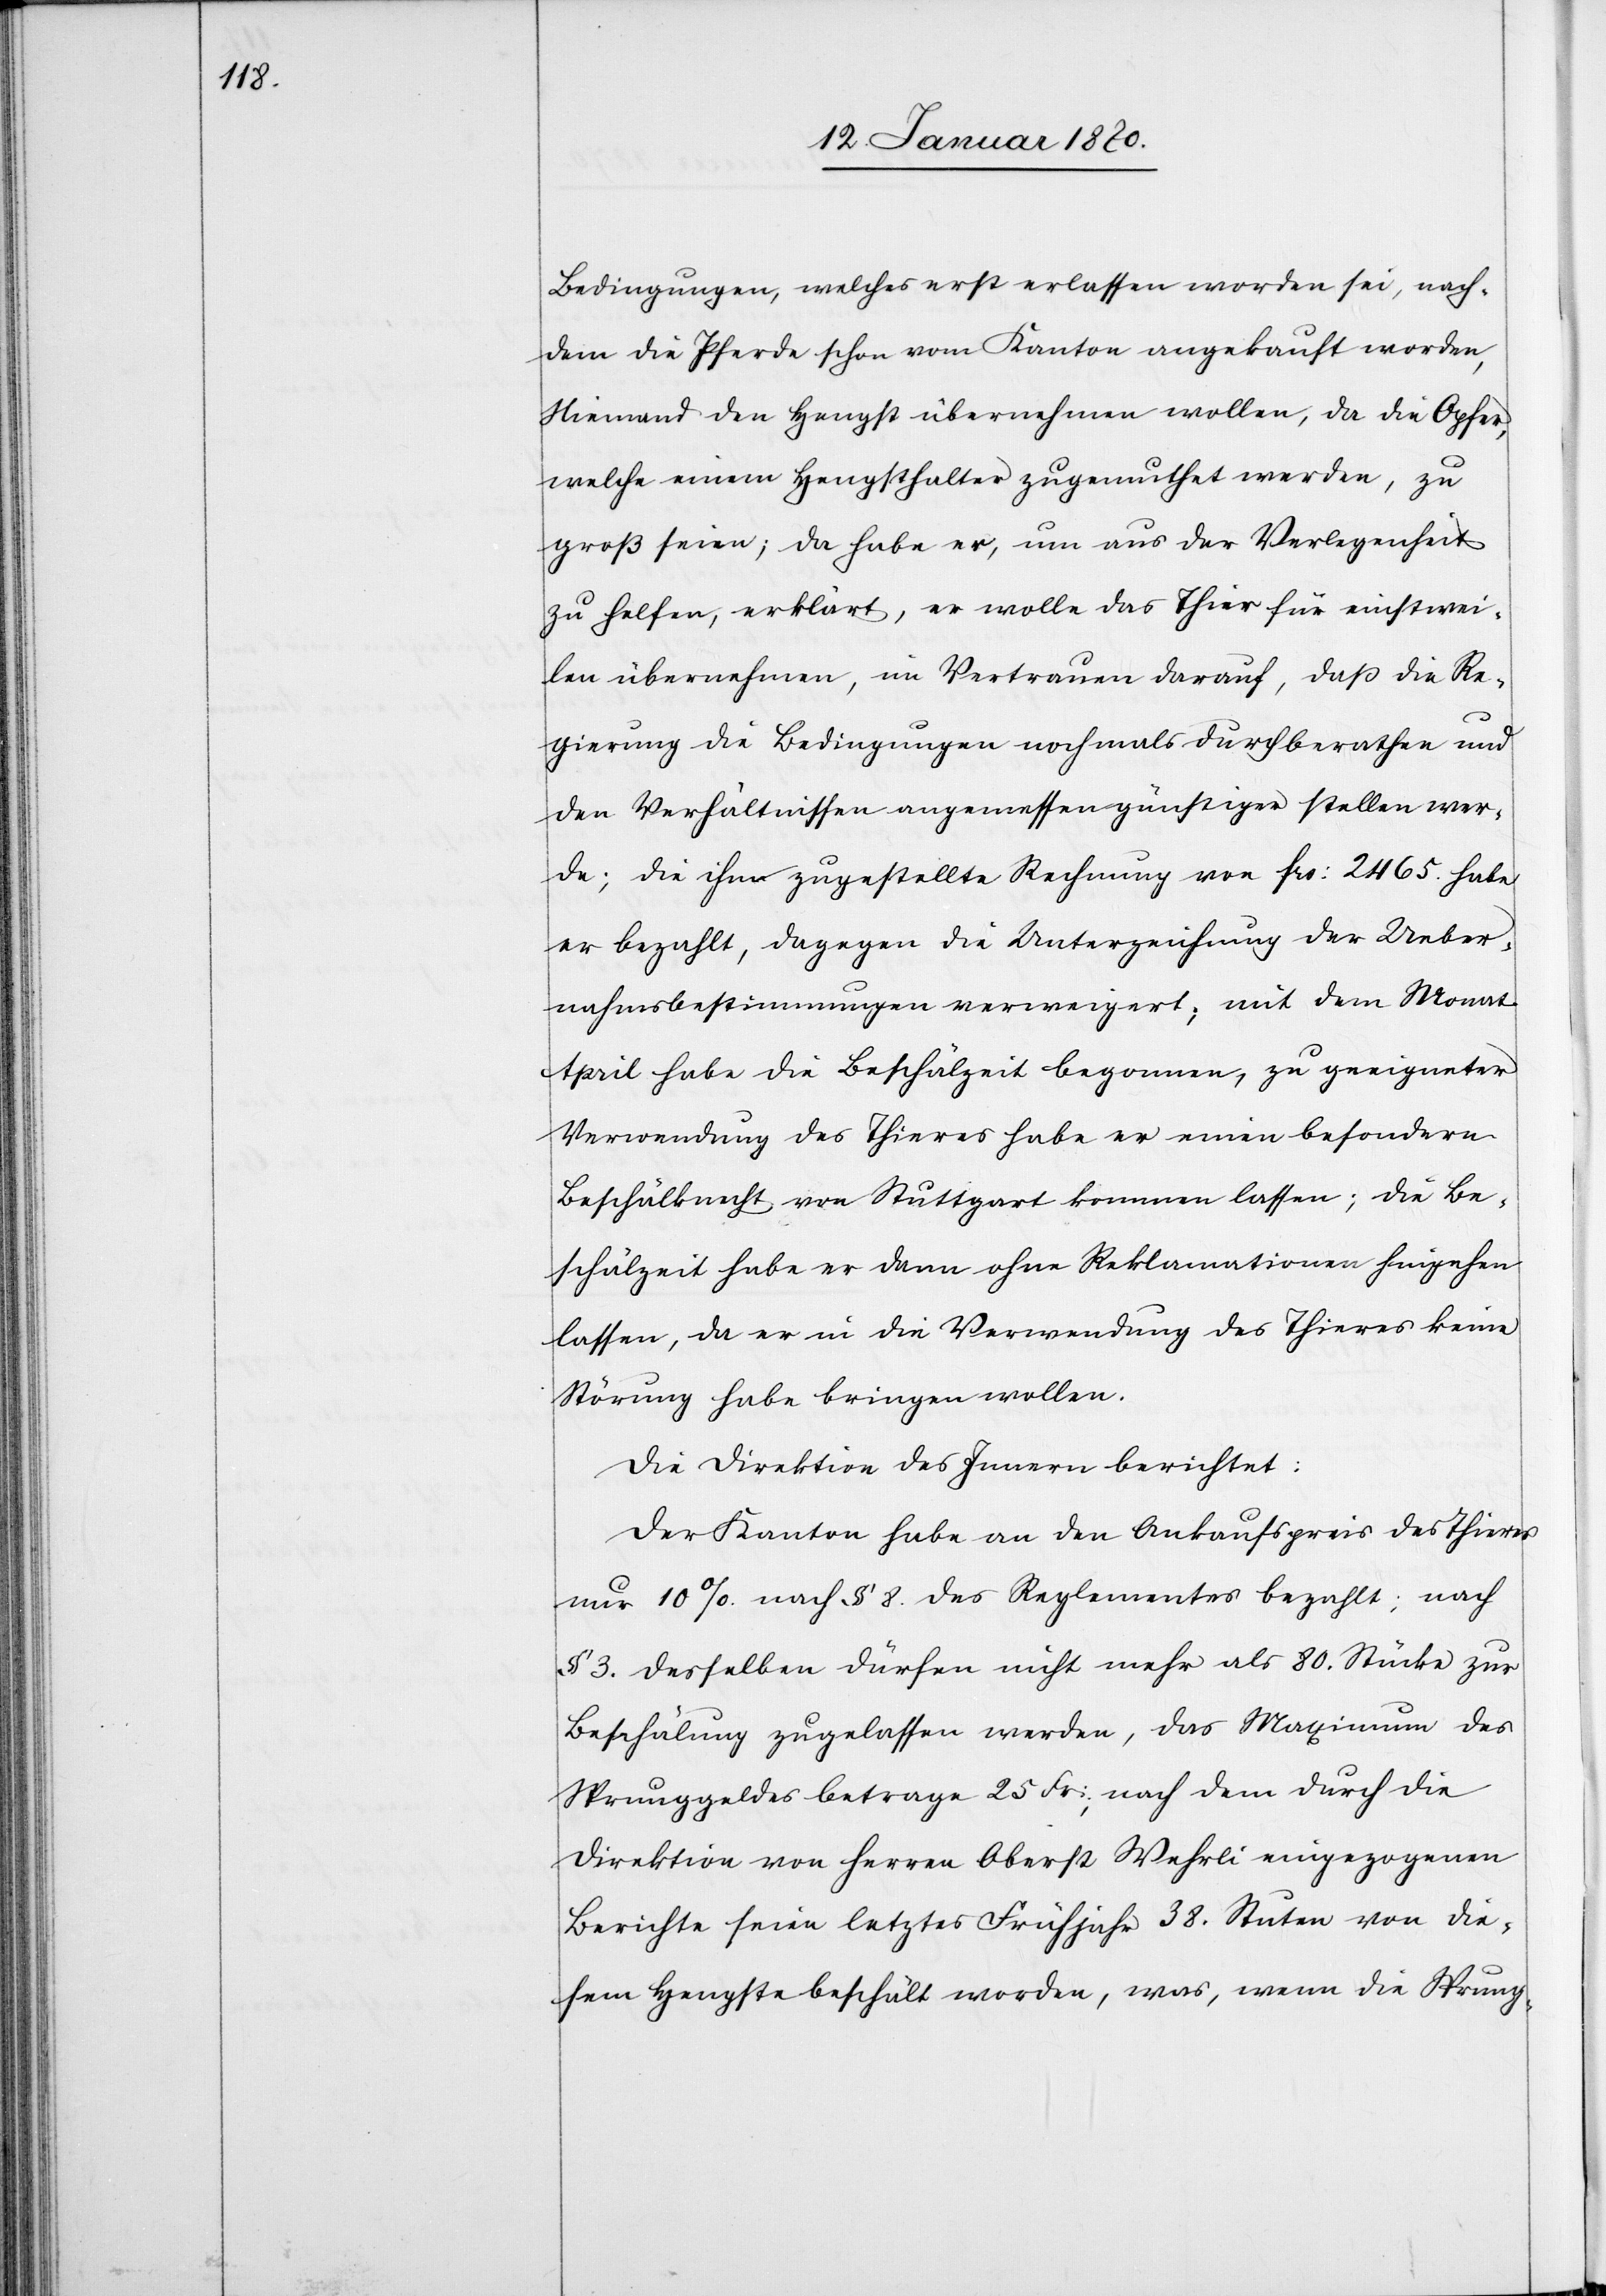
Bedingungen, welches erst erlassen worden sei, nach¬
dem die Pferde schon vom Kanton angekauft worden,
Niemand den Hengst übernehmen wollen, da die Opfer,
welche einem Hengsthalter zugemuthet werden, zu
groß seien; da habe er, um aus der Verlegenheit
zu helfen, erklärt, er wolle das Thier für einstwei¬
len übernehmen, im Vertrauen darauf, daß die Re¬
gierung die Bedingungen nochmals durchberathen und
den Verhältnissen angemessen günstiger stellen wer¬
de; die ihm zugestellte Rechnung von frs. 2465. habe
er bezahlt, dagegen die Unterzeichnung der Ueber¬
nahmsbestimmungen verweigert; mit dem Monat
April habe die Beschälzeit begonnen, zu geeigneter
Verwendung des Thieres habe er einen besondern
Beschlälknecht von Stuttgart kommen lassen; die Be¬
schälzeit habe er dann ohne Reklamationen hingehen
lassen, da er in die Verwendung des Thieres keine
Störung habe bringen wollen.
Die Direktion des Innern berichtet:
Der Kanton habe an den Ankaufspreis des Thieres
nur 10% nach § 8. des Reglementes bezahlt; nach
§ 3. desselben dürfen nicht mehr als 80. Stücke zur
Beschälung zugelassen werden, das Maximum des
Sprunggeldes betrage 25 Fr:, nach dem durch die
Direktion von Herrn Oberst Wehrli eingezogenen
Berichte seien letztes Frühjahr 38. Stuten von die¬
sem Hengste beschält worden, was, wenn die Sprung-